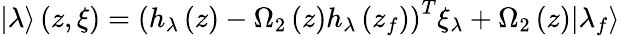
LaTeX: \begin{array}{r}{\left|\lambda\right\rangle\left(z,\xi\right)={{\left({{h}_{\lambda}}\left(z\right)-{{\Omega}_{2}}\left(z\right){{h}_{\lambda}}\left({{z}_{f}}\right)\right)}^{T}}{{\xi}_{\lambda}}+{{\Omega}_{2}}\left(z\right){\left|{{\lambda}_{f}}\right\rangle}}\end{array}